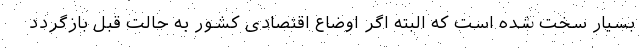
بسیار سخت شده است که البته اگر اوضاع اقتصادی کشور به حالت قبل بازگردد